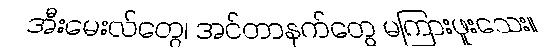
အီးမေးလ်တွေ၊ အင်တာနက်တွေ မကြားဖူးသေး။